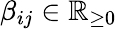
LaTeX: \beta_{ij}\in\mathbb{R}_{\geq 0}